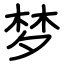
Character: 梦